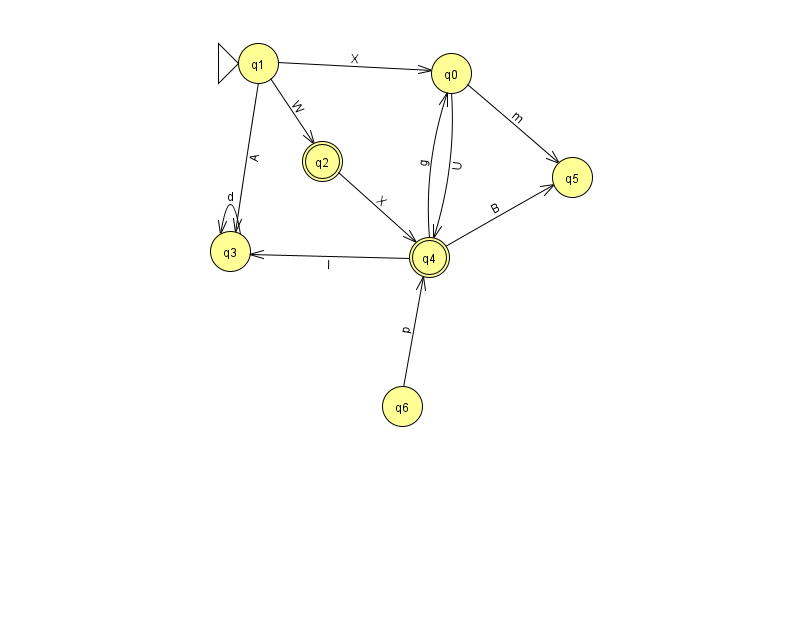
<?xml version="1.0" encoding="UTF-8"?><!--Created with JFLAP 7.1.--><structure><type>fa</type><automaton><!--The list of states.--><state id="0" name="q0"><x>451.0</x><y>60.0</y></state><state id="1" name="q1"><x>258.0</x><y>50.0</y><initial/></state><state id="2" name="q2"><x>322.0</x><y>148.0</y><final/></state><state id="3" name="q3"><x>230.0</x><y>238.0</y></state><state id="4" name="q4"><x>429.0</x><y>244.0</y><final/></state><state id="5" name="q5"><x>572.0</x><y>164.0</y></state><state id="6" name="q6"><x>402.0</x><y>393.0</y></state><!--The list of transitions.--><transition><from>2</from><to>4</to><read>X</read></transition><transition><from>4</from><to>3</to><read>l</read></transition><transition><from>3</from><to>3</to><read>d</read></transition><transition><from>0</from><to>4</to><read>U</read></transition><transition><from>0</from><to>5</to><read>m</read></transition><transition><from>4</from><to>0</to><read>g</read></transition><transition><from>1</from><to>3</to><read>A</read></transition><transition><from>1</from><to>2</to><read>W</read></transition><transition><from>4</from><to>5</to><read>B</read></transition><transition><from>6</from><to>4</to><read>p</read></transition><transition><from>1</from><to>0</to><read>X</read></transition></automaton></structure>